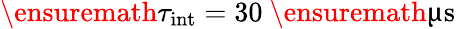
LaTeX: \ensuremath{\tau_{\mathrm{int}}}=30~\ensuremath{\upmu\mathrm{s}}